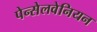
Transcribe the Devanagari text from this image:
पेन्सेलवेनियन